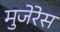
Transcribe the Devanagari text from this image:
मुजेरेस